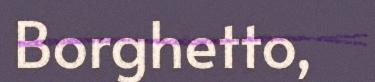
Borghetto,